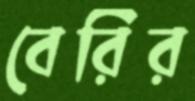
বেরির